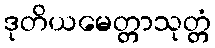
ဒုတိယမေတ္တာသုတ္တံ